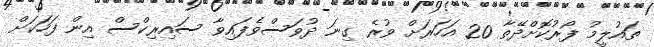
ތައުލީމު ފޯރުކޮށްދޭތާ 20 އަހަރަށް ވުރެ ގިނަ ދުވަސްވެފައިވާ ސައިރިކްސް އިން ފަހަކަށް